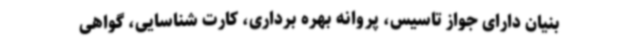
‌بنیان دارای جواز تاسیس، پروانه بهره برداری، کارت شناسایی، گواهی